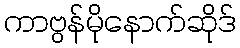
ကာဗွန်မိုနောက်ဆိုဒ်